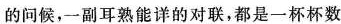
的问候，一副耳熟能详的对联，都是一杯杯数